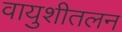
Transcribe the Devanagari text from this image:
वायुशीतलन